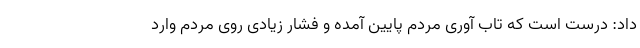
داد: درست است که تاب آوری مردم پایین آمده و فشار زیادی روی مردم وارد